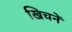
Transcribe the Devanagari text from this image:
खिचनें